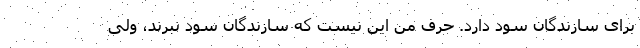
برای سازندگان سود دارد. حرف من این نیست که سازندگان سود نبرند، ولی